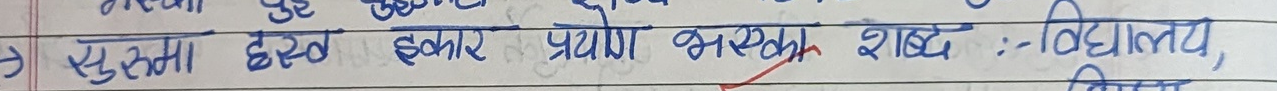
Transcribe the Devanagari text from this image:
→ सुष्मा ह्रस्व इकार प्रयोग भएका शब्द :- विद्यालय,